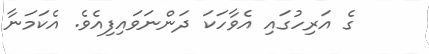
ގެ އަރިހުގައި އެވާހަކަ ދަންނަވައިފިއެވެ. އެކަމަނާ